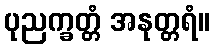
ပုညက္ခတ္တံ အနုတ္တရံ။